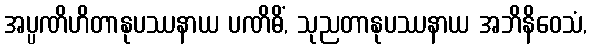
အပ္ပဏိဟိတာနုပဿနာယ ပဏိဓိံ, သုညတာနုပဿနာယ အဘိနိဝေသံ,